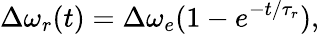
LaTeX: \Delta\omega_{r}(t)=\Delta\omega_{e}(1-e^{-t/\tau_{r}}),